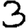
Digit: 3